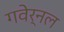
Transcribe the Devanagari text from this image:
गवेर्नल